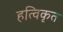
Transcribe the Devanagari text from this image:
हत्विकृत